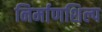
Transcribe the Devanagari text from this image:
निर्माणशिल्प